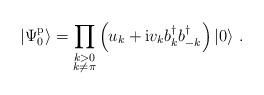
LaTeX: \begin{align*}| {\Psi_{0}^{\mathrm{p}}}\rangle = \prod_{\substack{k>0\\ k\neq \pi }}\left(u_{k}+\mathrm{i}v_{k}b_{k}^{\dagger}b_{-k}^{\dagger}\right)| {0}\rangle \ .\end{align*}